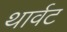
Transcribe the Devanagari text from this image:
थार्वट